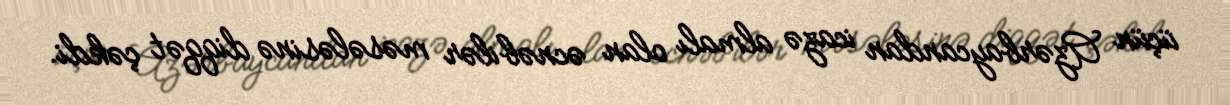
üçün Azərbaycandan icazə almalı olan əcnəbilər məsələsinə diqqət çəkdi.